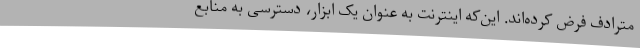
مترادف فرض کرده‌اند. این‌که اینترنت به عنوان یک ابزار، دسترسی به منابع